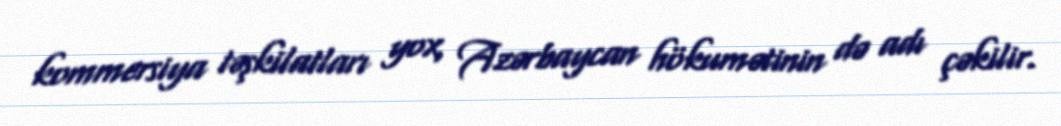
kommersiya təşkilatları yox, Azərbaycan hökumətinin də adı çəkilir.